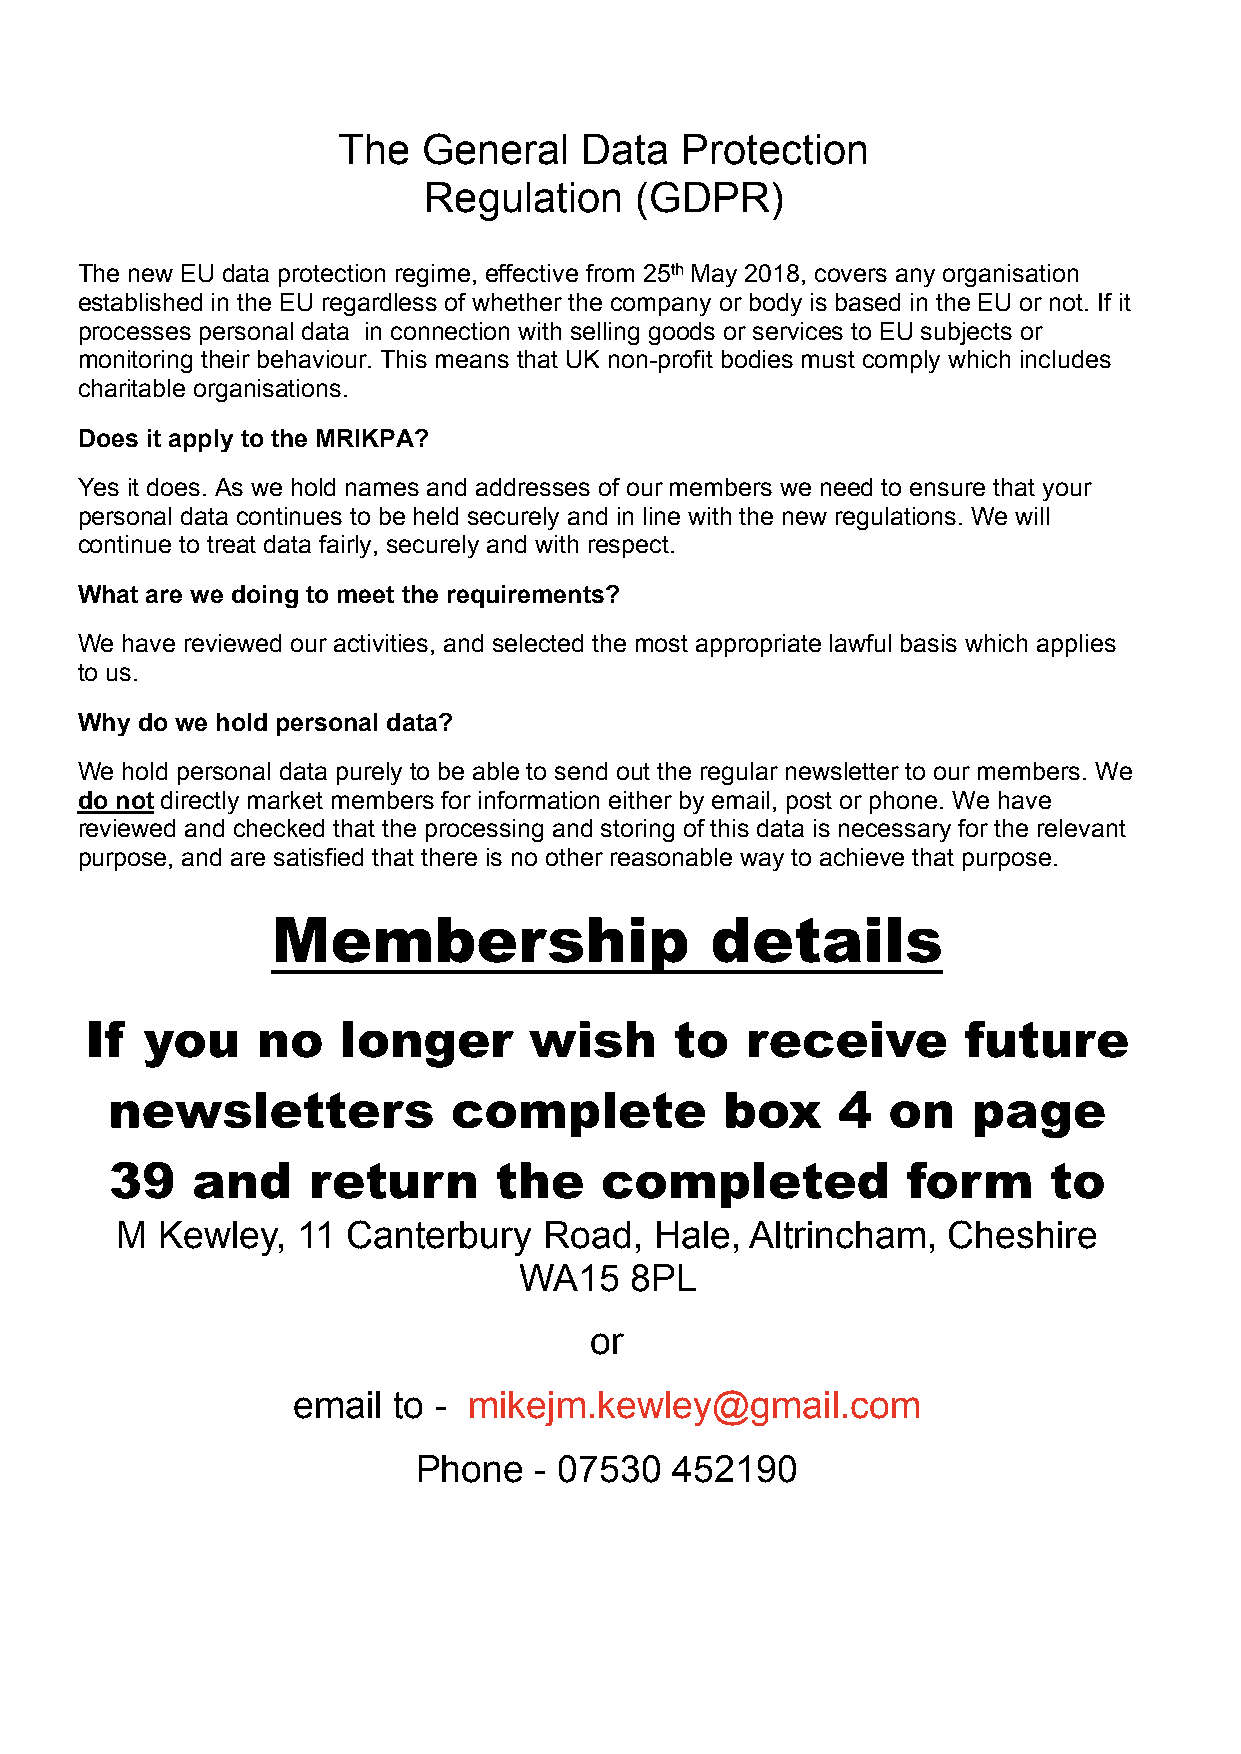
The   General    Data  Protection
 Regulation    (GDPR)
 The new EU data protection regime, effective from 25th May 2018, covers any organisation
 established in the EU regardless of whether the company or body is based in the EU or not. If it
 processes personal data in connection with selling goods or services to EU subjects or
 monitoring their behaviour. This means that UK non-profit bodies must comply which includes
 charitable organisations.
 Does it apply to the MRIKPA?
 Yes it does. As we hold names and addresses of our members we need to ensure that your
 personal data continues to be held securely and in line with the new regulations. We will
 continue to treat data fairly, securely and with respect.
 What are we doing to meet the requirements?
 We have reviewed our activities, and selected the most appropriate lawful basis which applies
 to us.
 Why do we hold personal data?
 We hold personal data purely to be able to send out the regular newsletter to our members. We
 do not directly market members for information either by email, post or phone. We have
 reviewed and checked that the processing and storing of this data is necessary for the relevant
 purpose, and are satisfied that there is no other reasonable way to achieve that purpose.
 Membership                   details
 If  you    no    longer      wish      to  receive        future
 newsletters            complete          box    4   on   page
 39    and    return       the    completed           form     to
 M Kewley,   11 Canterbury   Road,  Hale,  Altrincham,  Cheshire
 WA15    8PL
 or
 email  to - mikejm.kewley@gmail.com
 Phone  - 07530   452190